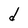
Character: d